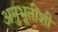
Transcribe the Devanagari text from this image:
अनुभूतींशी